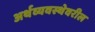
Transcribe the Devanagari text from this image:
अर्थव्यवस्थेवरील